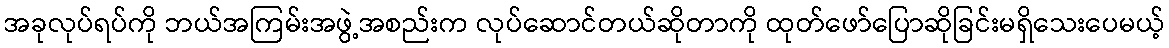
အခုလုပ်ရပ်ကို ဘယ်အကြမ်းအဖွဲ့အစည်းက လုပ်ဆောင်တယ်ဆိုတာကို ထုတ်ဖော်ပြောဆိုခြင်းမရှိသေးပေမယ့်